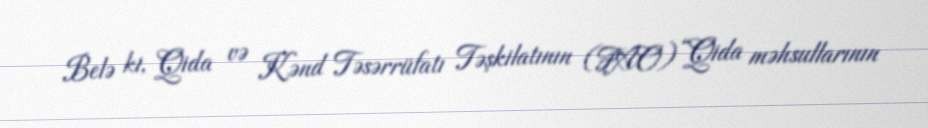
Belə ki, Qida və Kənd Təsərrüfatı Təşkilatının (FAO) “Qida məhsullarının